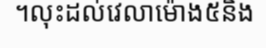
។លុះដល់វេលាម៉ោង៥និង